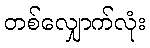
တစ်လျှောက်လုံး